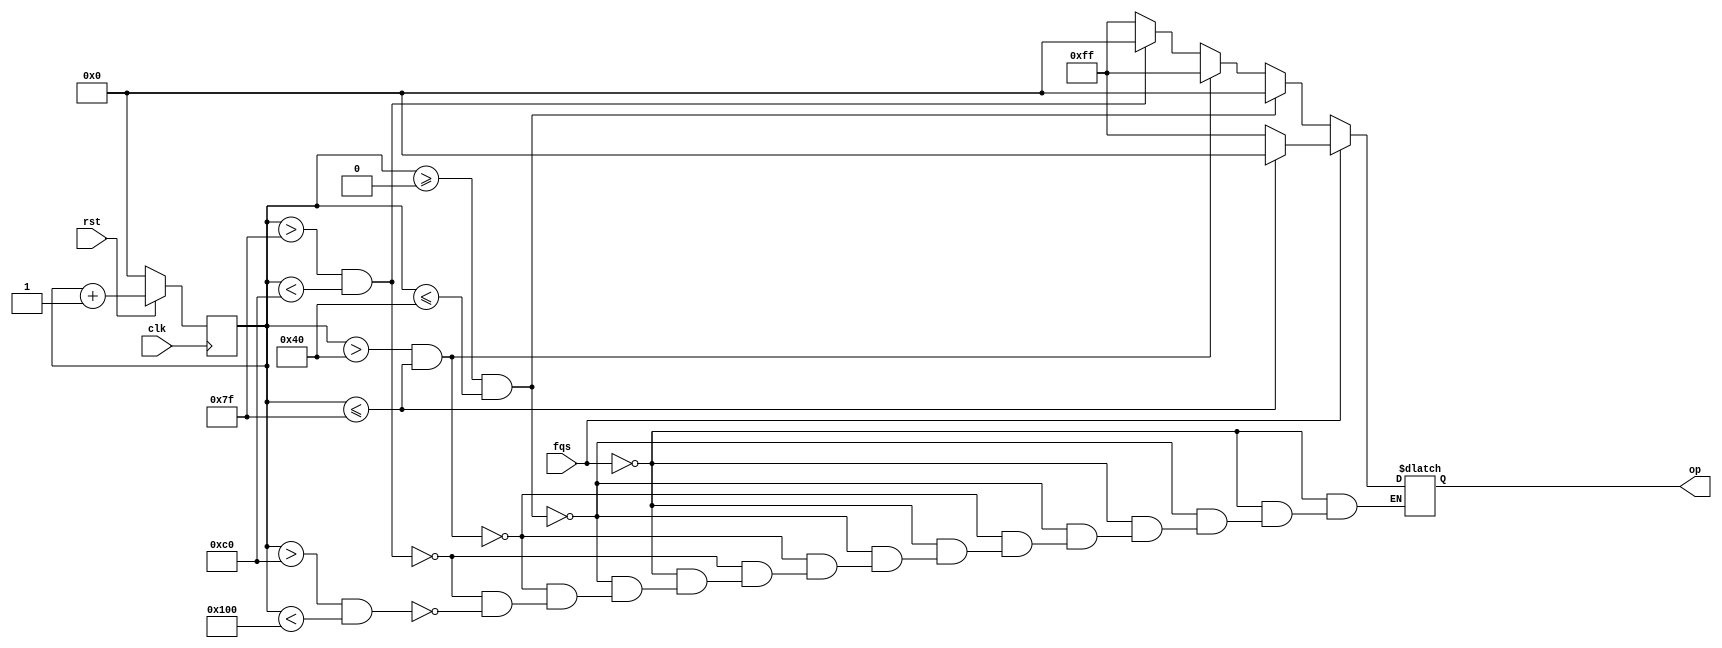
module squarewave(clk,rst,op,fqs);
input clk,rst,fqs;
output [7:0] op;
wire [7:0] op;
reg [7:0] temp;
reg [7:0] q;
always@(posedge clk)
begin
if(~rst)
q=8'b0;
else
q=q+1;
end
always@(q)
begin
if(fqs)
begin
if(q<=127)
temp=8'b00000000;
else
temp=8'b11111111;
end
else
begin
if((q>=0)&&(q<=64))
temp=8'b00000000;
else if((q>64)&&(q<=127)) 
temp=8'b11111111;
else if((q>127)&&(q<192))
temp=8'b00000000;
else if((q>192)&&(q<256)) 
temp=8'b11111111;end
end
assign op = temp;
endmodule